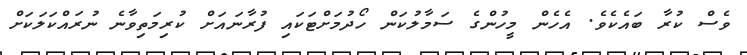
ވެސް ކުރާ ބައެކެވެ. އެހެން މީހުންގެ ސަމާލުކަން ހޯދުމަށްޓަކައި ފުރާނައަށް ކުރިމަތިވާނެ ނުރައްކަލަކަށް